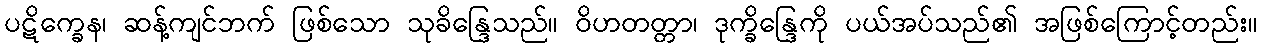
ပဋိက္ခေန၊ ဆန့်ကျင်ဘက် ဖြစ်သော သုခိန္ဒြေသည်။ ဝိဟတတ္တာ၊ ဒုက္ခိန္ဒြေကို ပယ်အပ်သည်၏ အဖြစ်ကြောင့်တည်း။